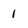
Character: 1